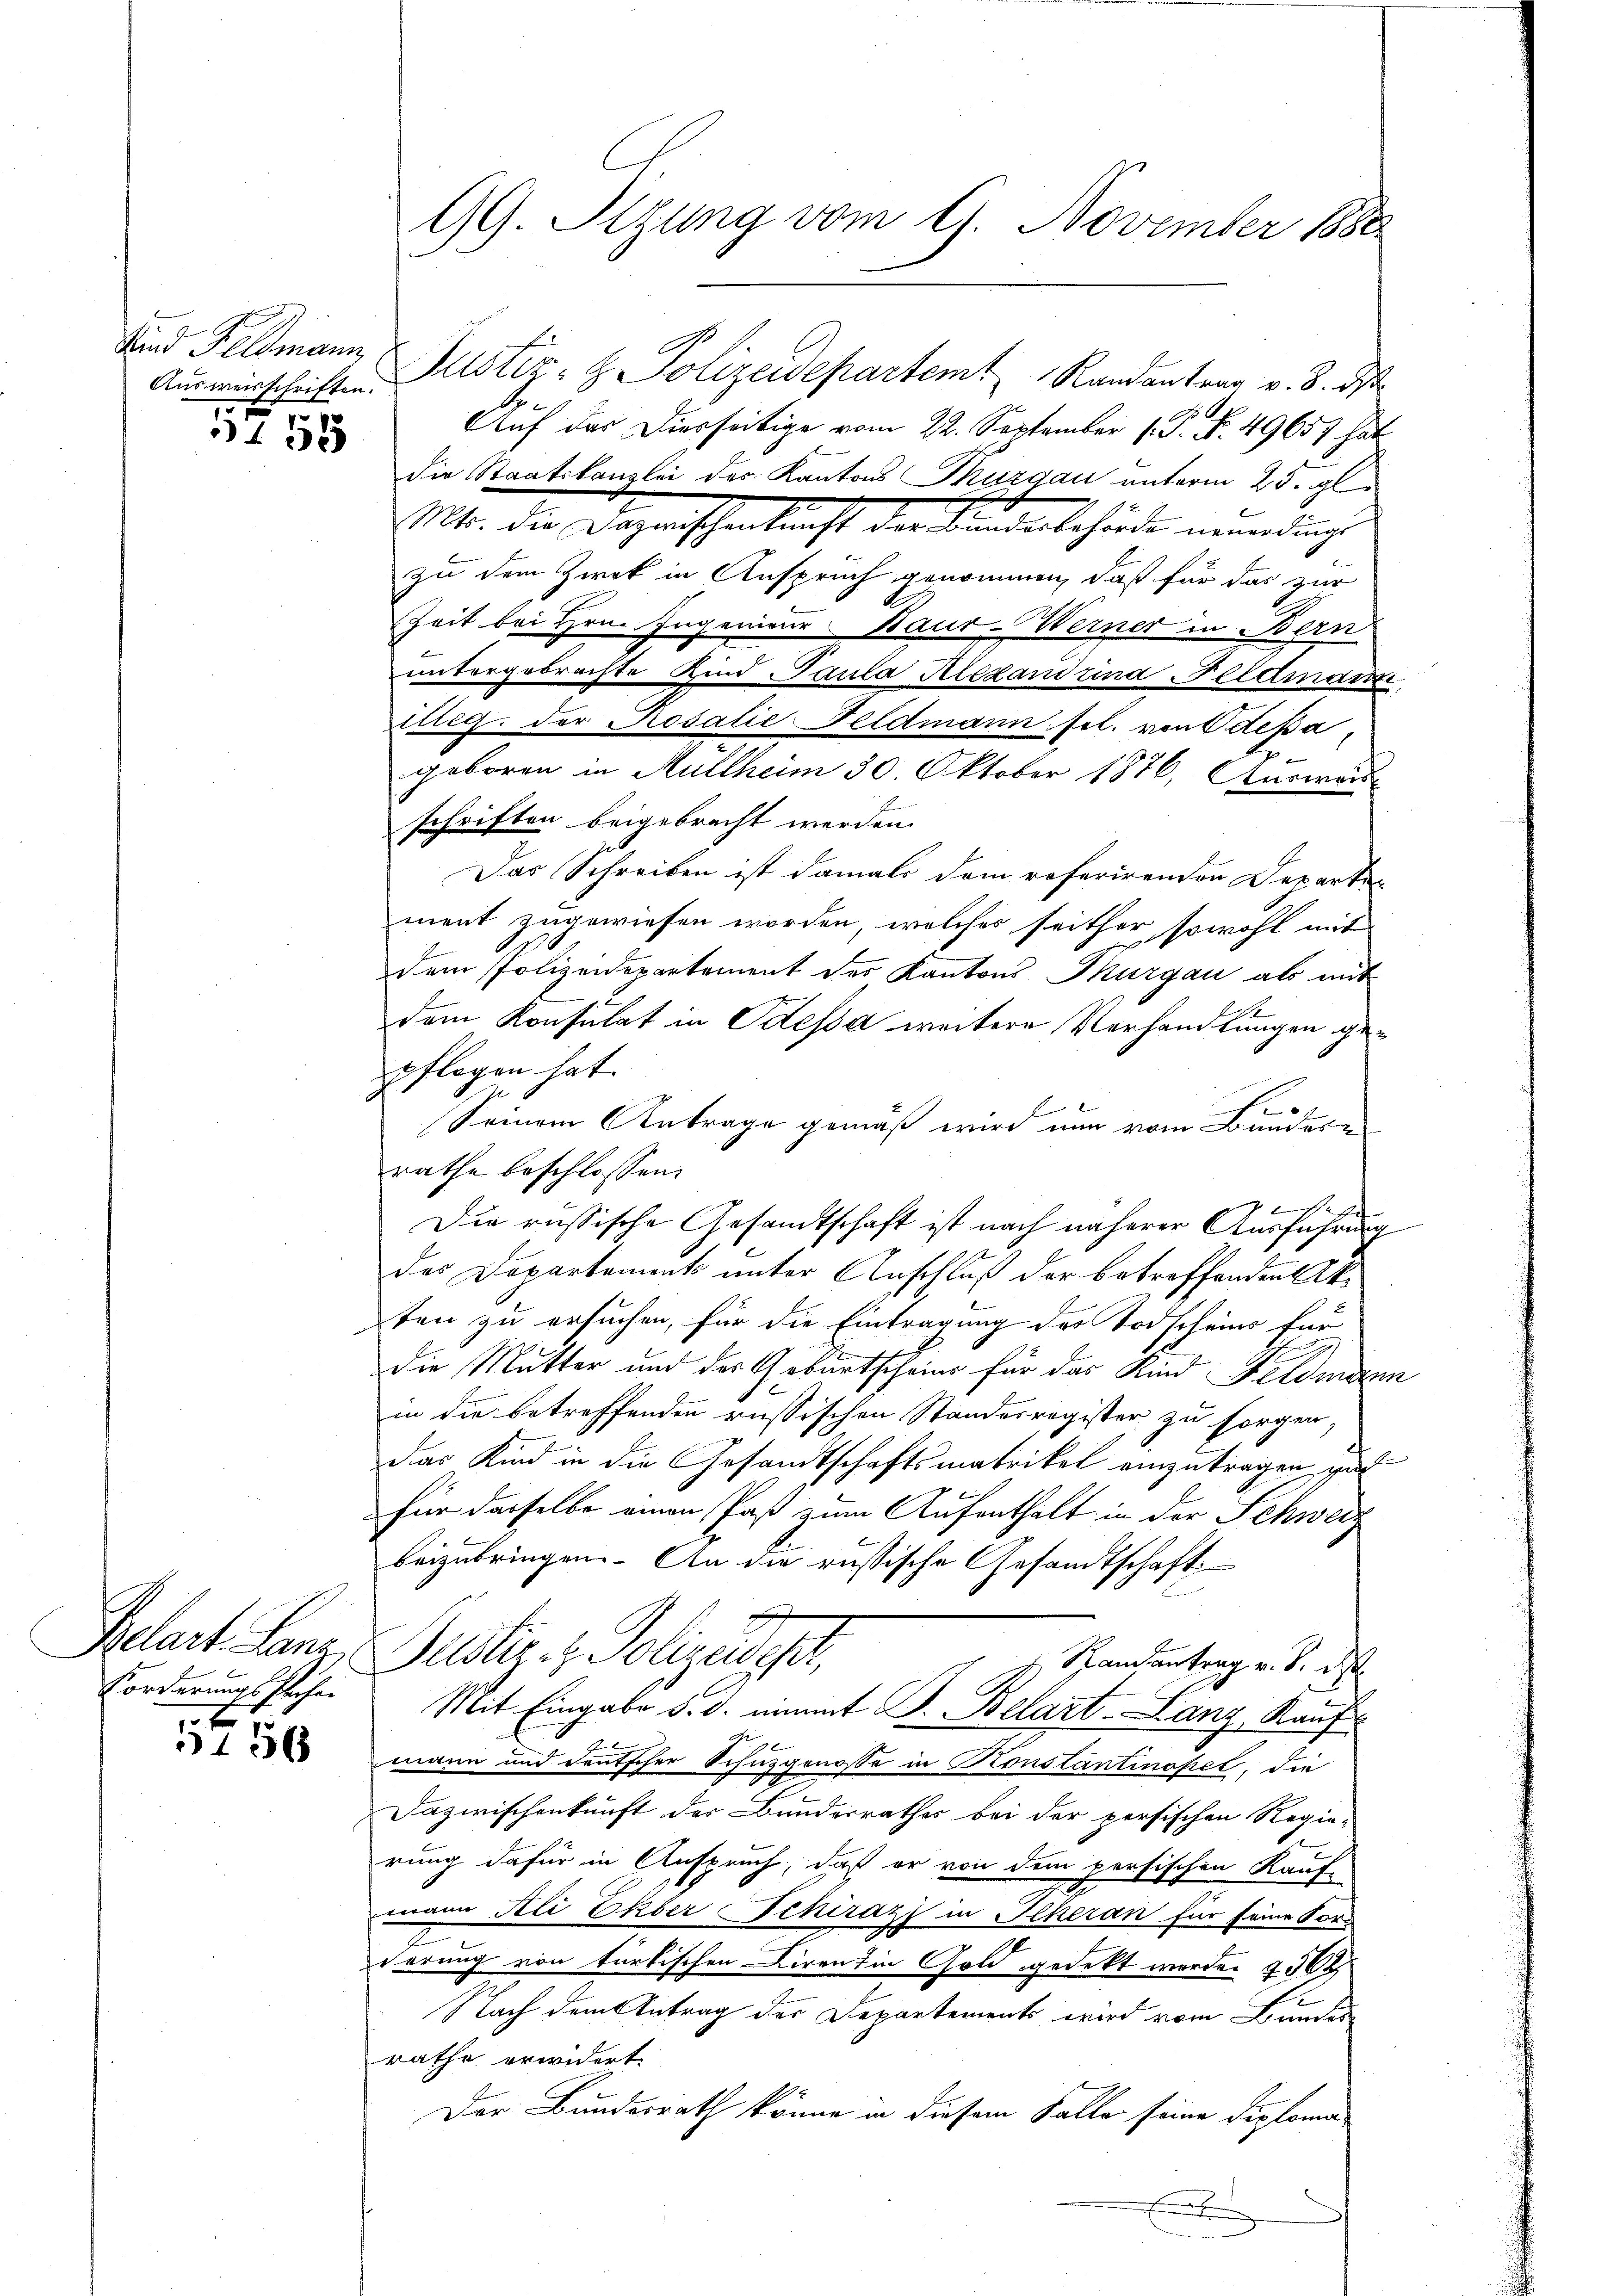
Und Feldmann

5755

Pelart Lanz
Forderungssachen

1756

Auswirtschriften. Alstiz- & Polizeidepartemt Randantrag v. 8. ds.
Auf das Diesseitige vom 22. September (T. N. 49657 hat
die Staatskanzlei des Kantons Thurgau unterm 23. gl
14. der Dazwischenkunft der Kindenbehörde mündung
zu dem Zwek in Anspruch genommen, daß für das zur
Zeit bei Hrn. Ingenieur-Baur-Werner in Bern
untergebrachte Kind Paula Alexandrina Feldman
Litig der Rosalie Feldmann sel. von Stepageboren in Müllheim 30. Oktober 1876, Auswärschriften beigebracht werden.
Das Schreiben ist damals dem roferirenden Departen
ment zugewiesen worden, welches seither sowohl mit
dem Polizeidepartement des Kantons Thurgau als mit
x
dem Konsulat in Odessa weitere Verhandlungen gepflegen hat.
.
Seinem Antrage gemäß wird nun vom Bundern
rathe beschlossen:
.
Sr H.
Die russische Gesandtschaft ist nach näherer Ausführung
das Departements unter Anschluß der betreffenden Akten zu ersuchen, für die Eintragung des Todscheins für
die Mutter und der Geburtscheins für das Kind Feldmann
in die betreffenden russischen Standesregister zu sorgen,
das Kind in die Gesandtschaftsmatrikel einzutragen, und
Für dasselbe einen Paß zum Aufenthalt in der Schweiz
beizubringen. An die russische Gesandtschaft
uster. - Polizey
 Spandantrag v. 8. ds
Mit Eingabe d. d. nimmt B. Belart-Lanz, Kauf
mann und deutscher Schuzgenosse in Konstantinopel, die
Dazwischenkunft der Bunderrathes bei der persischen Regie-
rung dafür in Anspruch, daß er von dem persischen Kauf-
mann Ali Ekber Schiraz in Scheran für seine Fors
2
derung von türkischen Diren Ein Gold gedekt werden 230
Nach dem Antrag der Departements wird vom Bundes
rathe erwidert
Der Bundesrath könne in diesem Falle seine Diploma¬
E

GG. Tizung vom 9. November 1880